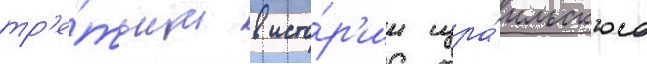
тр'е́тьим в исто́р'ии изра́ильского